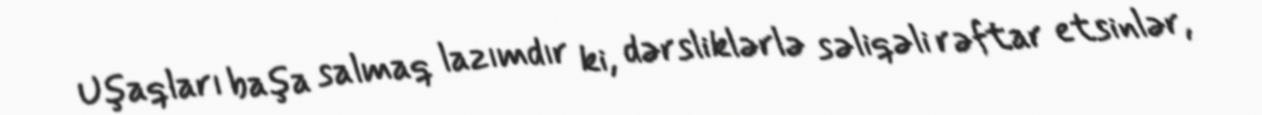
Uşaqları başa salmaq lazımdır ki, dərsliklərlə səliqəli rəftar etsinlər,